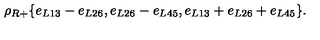
\rho _ { R + } \{ e _ { L 1 3 } - e _ { L 2 6 } , e _ { L 2 6 } - e _ { L 4 5 } , e _ { L 1 3 } + e _ { L 2 6 } + e _ { L 4 5 } \} .